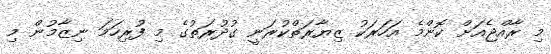
މި ރާއްޖެއަށް ކޮންމެ އަހަރަކު ޒިޔާރަތްކުރަނީ ގުދުރަތުގެ މި ފުރިހަމަ ނިޒާމުން މި